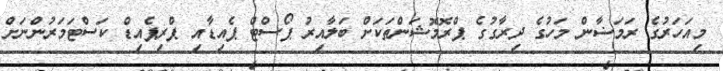
މިއަހަރުގެ ރަމަޟާން މަހުގެ ދިރާގުގެ ޕްރޮމޮޝަންތަކަށް ބަލާއިރު ޕޯސްޓް ޕެއިޑާއި ޕްރިޕެއިޑް ކަސްޓަމަރުންނަށް